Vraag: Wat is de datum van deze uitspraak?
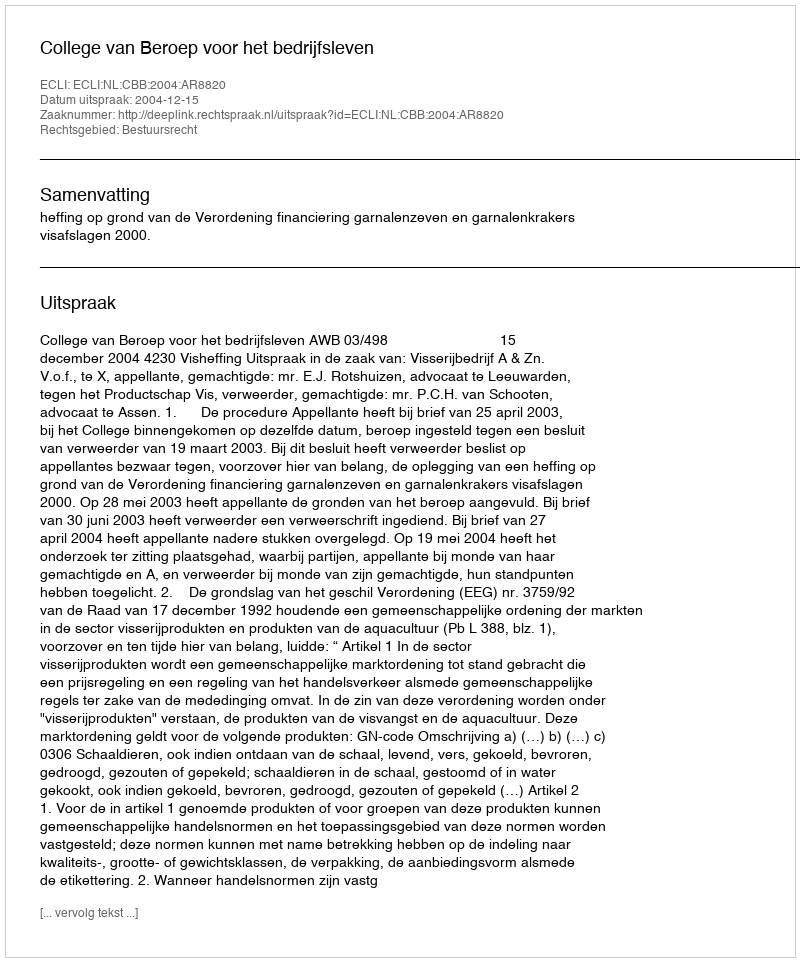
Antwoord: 2004-12-15